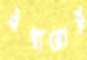
এগারোর